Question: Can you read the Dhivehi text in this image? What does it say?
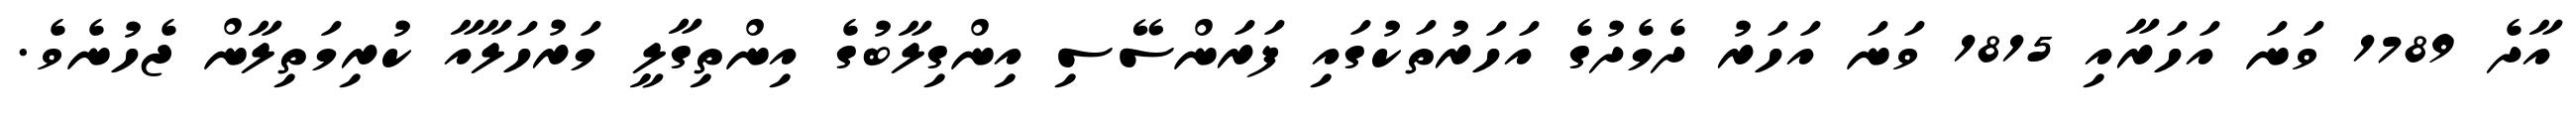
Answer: އާދެ 1789 ވަނަ އަހަރާއި 1815 ވަނަ އަހަރު ދެމެދުގެ އަހަރުތަކުގައި ފަރަންސޭސި އިންގިލާބުގެ އިންތިގާލީ މަރުހަލާއާ ކުރިމަތިލާން ޖެހުނެވެ.